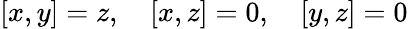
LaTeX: [x,y]=z,\quad[x,z]=0,\quad[y,z]=0